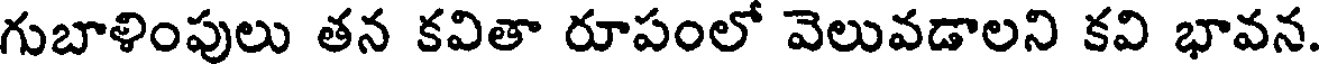
గుబాళింపులు తన కవితా రూపంలో వెలువడాలని కవి భావన.